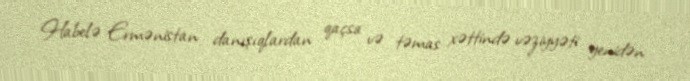
Habelə Ermənistan danışıqlardan qaçsa və təmas xəttində vəziyyəti yenidən